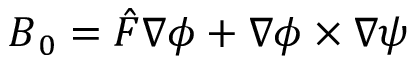
\boldsymbol { B } _ { 0 } = \hat { F } \boldsymbol { \nabla } \phi + \boldsymbol { \nabla } \phi \times \nabla \psi